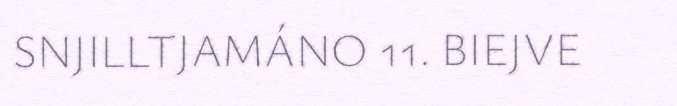
SNJILLTJAMÁNO 11. BIEJVE